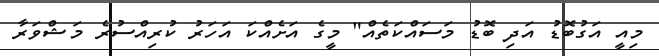
މިއީ އަގުބޮޑު އަދި ބޮޑު މަސައްކަތެއް" މީގެ އަށެއްކަ އަހަރު ކުރިއްސުރެ މަޝްވަރާ